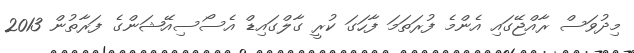
މިދުވަސް ރާއްޖޭގައި އެންމެ ފުރަތަމަ ފާހަގަ ކުރީ ގާލްގައިޑް އެސޯސިއޭޝަންގެ ފަރާތުން 2013